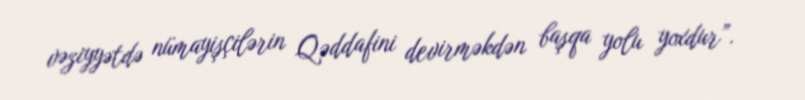
vəziyyətdə nümayişçilərin Qəddafini devirməkdən başqa yolu yoxdur”.